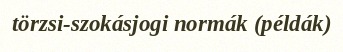
törzsi-szokásjogi normák (példák)